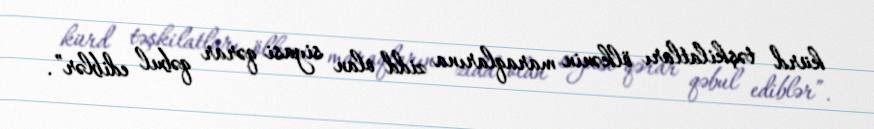
kürd təşkilatları ölkənin maraqlarına zidd olan siyasi qərar qəbul ediblər”.